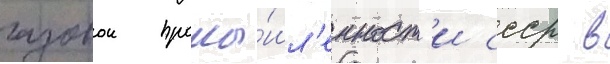
газовои промы́шл'енност'и ссср в